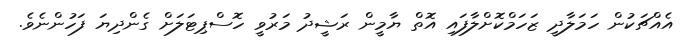
އެއްޗަކުން ހަމަލާދީ ޒަހަމްކޮށްލާފައި އޮތް ޔާމީން ރަޝީދު މަރުވީ ހޮސްޕިޓަލަށް ގެންދިޔަ ފަހުންނެވެ.